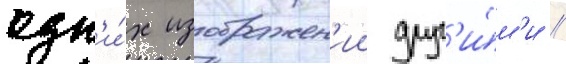
одн'и́х изображен'ии друг'и́м'и /